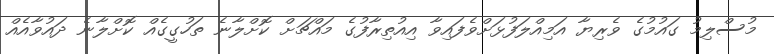
މުސްލިމު ގައުމުގެ ވެރިޔާ އަމިއްލަފުޅަށްވެފައިވާ އިއުތިރާފުގެ މައްޗަށް ކޮށްލާނެ ތަހުގީގެއް ކޮށްލާނެ ދައުވާއެއް